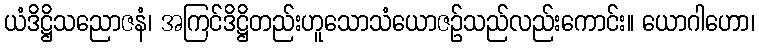
ယံဒိဋ္ဌိသညောဇနံ၊ အကြင်ဒိဋ္ဌိတည်းဟူသောသံယောဇဉ်သည်လည်းကောင်း။ ယောဂါဟော၊